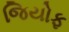
જિયોફ